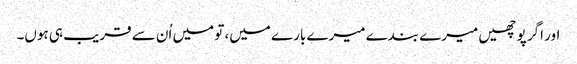
اور اگر پوچھیں میرے بندے میرے بارے میں، تو میں اُن سے قریب ہی ہوں۔